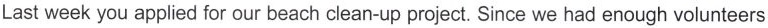
Last week you applied for our beach clean-up project. Since we had enough volunteers